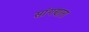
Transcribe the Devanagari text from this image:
सांंगणारा